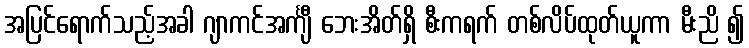
အပြင်ရောက်သည့်အခါ ဂျာကင်အင်္ကျီ ဘေးအိတ်ရှိ စီးကရက် တစ်လိပ်ထုတ်ယူကာ မီးညိ ၍